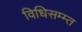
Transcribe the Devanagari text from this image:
विधिसम्म्त